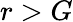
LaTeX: r>G